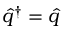
\hat { q } ^ { \dagger } = \hat { q }